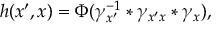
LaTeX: h ( x ^ { \prime } , x ) = \Phi ( \gamma _ { x ^ { \prime } } ^ { - 1 } * \gamma _ { x ^ { \prime } x } * \gamma _ { x } ) ,